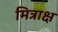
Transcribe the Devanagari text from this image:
मित्राक्ष